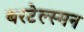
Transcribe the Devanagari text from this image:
बरटेल्स्मन